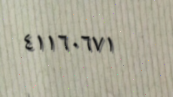
٤١١٦٠٦٧١